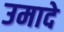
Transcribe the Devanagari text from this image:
उमादे